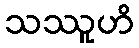
သဿူဟိ